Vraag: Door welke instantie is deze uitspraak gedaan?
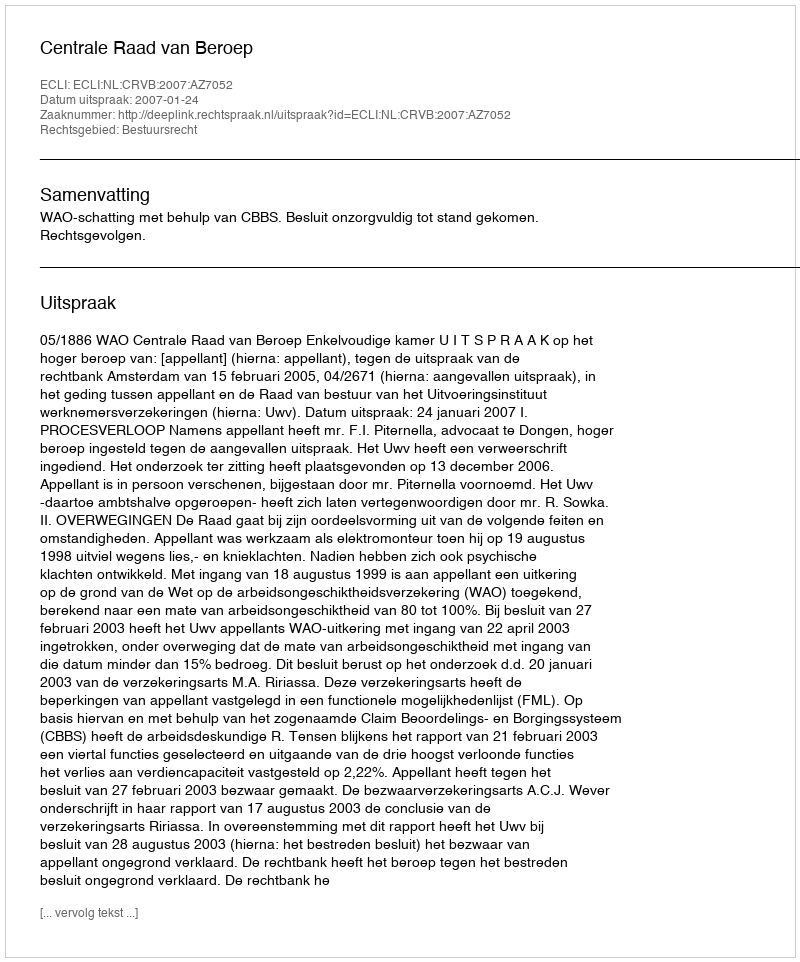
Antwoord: Centrale Raad van Beroep